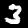
Label: 3